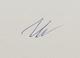
Signature authenticity: genuine